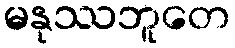
မနုဿဘူတေ